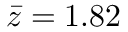
\bar { z } = 1 . 8 2